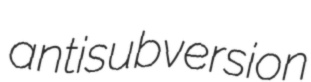
antisubversion